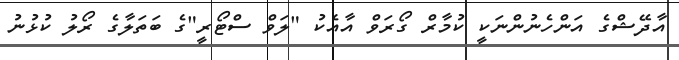
އާދޭޝްގެ އަންހެނުންނަކީ ކުމާރް ގޯރަވް އާއެކު "ލަވް ސްޓޯރީ"ގެ ބަތަލާގެ ރޯލު ކުޅުނު